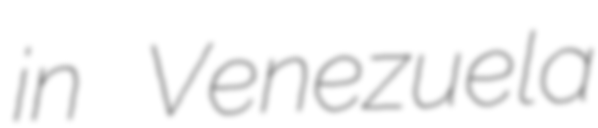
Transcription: in Venezuela